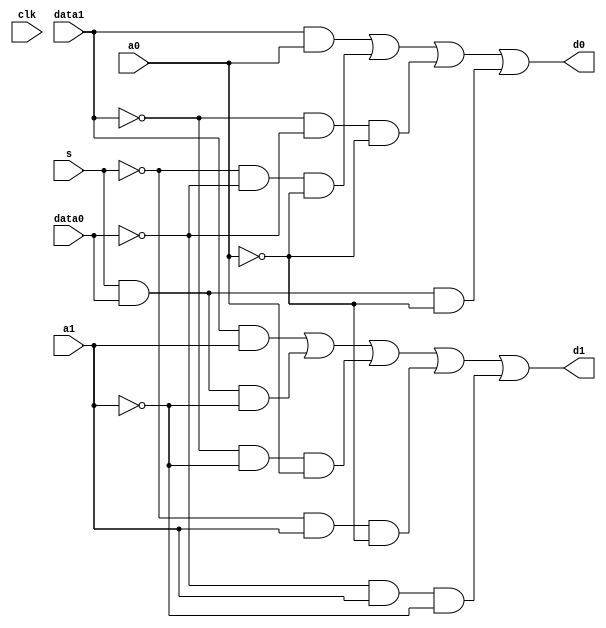
module data(clk, d1, d0, data1, data0, a1, a0, s);
	input clk, data1, data0, a1, a0, s;
	output d1, d0;
	wire [8:0] w;

	and a1(w[0], data1, a1);
	and a2(w[1], s, data0, ~a1);
	and a3(w[2], ~data1, ~a1, a0);
	and a4(w[3], ~s, a1, ~a0);
	and a5(w[4], ~data0, a1, ~a1);

	or o1(d1, w[0], w[1], w[2], w[3], w[4]);

	and a6(w[5], data1, a0);
	and a7(w[6], ~s, ~data0, ~a0);
	and a8(w[7], ~data1, ~data0, ~a0);
	and a9(w[8], s, data0, ~a0);

	or o2(d0, w[5], w[6], w[7], w[8]);

endmodule